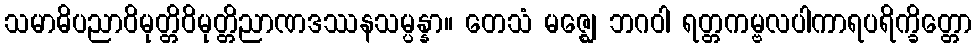
သမာဓိပညာဝိမုတ္တိဝိမုတ္တိညာဏဒဿနသမ္ပန္နာ။ တေသံ မဇ္ဈေ ဘဂဝါ ရတ္တကမ္ဗလပါကာရပရိက္ခိတ္တော